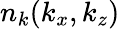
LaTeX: n_{k}(k_{x},k_{z})